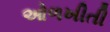
ઓળખીતી